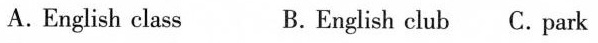
A.English class B.English club C.Park